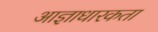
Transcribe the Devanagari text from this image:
आज्ञाधारकता